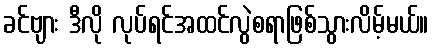
ခင်ဗျား ဒီလို လုပ်ရင်အထင်လွဲစရာဖြစ်သွားလိမ့်မယ်။